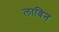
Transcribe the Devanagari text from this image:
लाविन